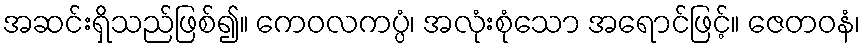
အဆင်းရှိသည်ဖြစ်၍။ ကေဝလကပ္ပံ၊ အလုံးစုံသော အရောင်ဖြင့်။ ဇေတဝနံ၊